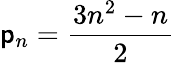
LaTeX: \mathsf{p}_{n}={\frac{{3n^{2}-n}}{{2}}}